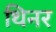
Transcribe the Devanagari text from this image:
थिनर